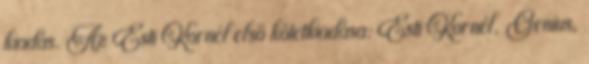
kiadás. Az Esti Kornél első kötetkiadása: Esti Kornél, Genius,